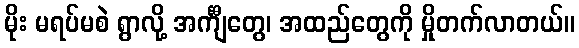
မိုး မရပ်မစဲ ရွာလို့ အင်္ကျီတွေ၊ အထည်တွေကို မှိုတက်လာတယ်။